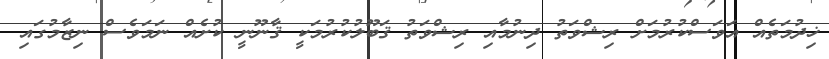
ޚިދުމަތެއް އަވަސްކުރުމަށް ރިޝްވަތު ދިނުމާއި ރިޝްވަތު ޤަބޫލުކުރުމަކީ ޤާނޫނީ ކުށެއް ނަމަވެސް ނިޒާމުގައި